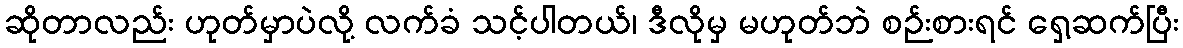
ဆိုတာလည်း ဟုတ်မှာပဲလို့ လက်ခံ သင့်ပါတယ်၊ ဒီလိုမှ မဟုတ်ဘဲ စဉ်းစားရင် ရှေ့ဆက်ပြီး